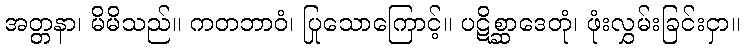
အတ္တနာ၊ မိမိသည်။ ကတဘာဝံ၊ ပြုသောကြောင့်။ ပဋိစ္ဆာဒေတုံ၊ ဖုံးလွှမ်းခြင်းငှာ။